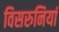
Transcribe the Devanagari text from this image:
विसरुनियां